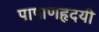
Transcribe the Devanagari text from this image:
पाषाणहृदयी